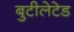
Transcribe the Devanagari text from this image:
बुटीलेटेड